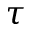
\tau